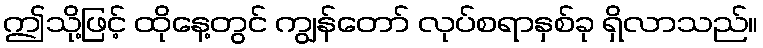
ဤသို့ဖြင့် ထိုနေ့တွင် ကျွန်တော် လုပ်စရာနှစ်ခု ရှိလာသည်။